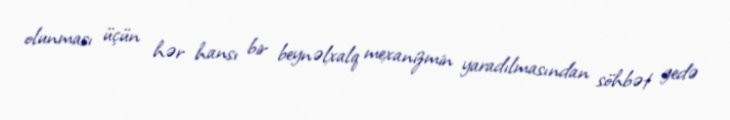
olunması üçün hər hansı bir beynəlxalq mexanizmin yaradılmasından söhbət gedə